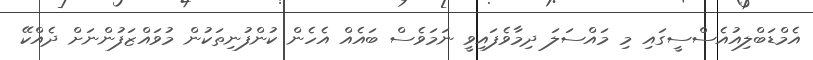
އެމްޑަބްލިއުއެސްސީގައި މި މައްސަލަ ދިމާވެފައިވީ ނަމަވެސް ބައެއް އެހެން ކުންފުނިތަކުން މުވައްޒަފުންނަށް ދެއްކޭ